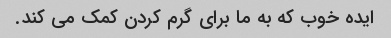
ایده خوب که به ما برای گرم کردن کمک می کند.